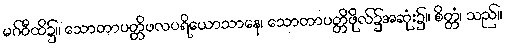
မဂ်ဝီထိ၌။ သောတာပတ္တိဖလပရိယောသာနေ၊ သောတာပတ္တိဖိုလ်၌အဆုံး၌။ စိတ္တံ၊ သည်။